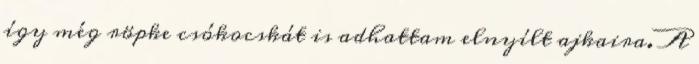
így még röpke csókocskát is adhattam elnyílt ajkaira. A